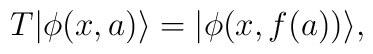
T|\phi (x,a)\rangle =|\phi (x,f(a))\rangle ,